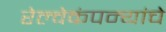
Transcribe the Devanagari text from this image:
रेल्वेकंपन्यांचे